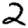
Digit: 2